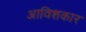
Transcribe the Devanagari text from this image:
अाविशकार